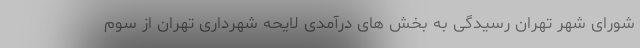
شورای شهر تهران رسیدگی به بخش های درآمدی لایحه شهرداری تهران از سوم